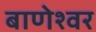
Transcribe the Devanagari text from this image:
बाणेश्‍वर